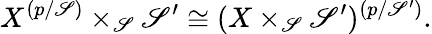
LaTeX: X^{(p/\mathscr{S})}\times_{\mathscr{S}}\mathscr{S}^{\prime}\cong(X\times_{\mathscr{S}}\mathscr{S}^{\prime})^{(p/\mathscr{S}^{\prime})}.